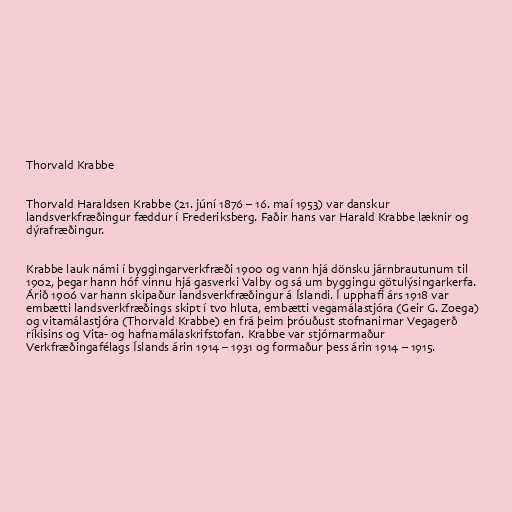
Thorvald Krabbe

Thorvald Haraldsen Krabbe (21. júní 1876 – 16. maí 1953) var danskur
landsverkfræðingur fæddur í Frederiksberg. Faðir hans var Harald Krabbe læknir og
dýrafræðingur.

Krabbe lauk námi í byggingarverkfræði 1900 og vann hjá dönsku járnbrautunum til
1902, þegar hann hóf vinnu hjá gasverki Valby og sá um byggingu götulýsingarkerfa.
Árið 1906 var hann skipaður landsverkfræðingur á Íslandi. Í upphafi árs 1918 var
embætti landsverkfræðings skipt í tvo hluta, embætti vegamálastjóra (Geir G. Zoega)
og vitamálastjóra (Thorvald Krabbe) en frá þeim þróuðust stofnanirnar Vegagerð
ríkisins og Vita- og hafnamálaskrifstofan. Krabbe var stjórnarmaður
Verkfræðingafélags Íslands árin 1914 – 1931 og formaður þess árin 1914 – 1915.